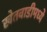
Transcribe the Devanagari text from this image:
खेतवाडीमध्ये